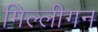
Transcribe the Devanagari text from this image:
मिल्लीगन